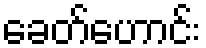
ခေတ်ဟောင်း